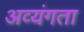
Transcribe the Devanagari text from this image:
अव्यंगता